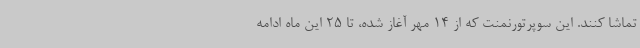
تماشا کنند. این سوپرتورنمنت که از 14 مهر آغاز شده، تا 25 این ماه ادامه